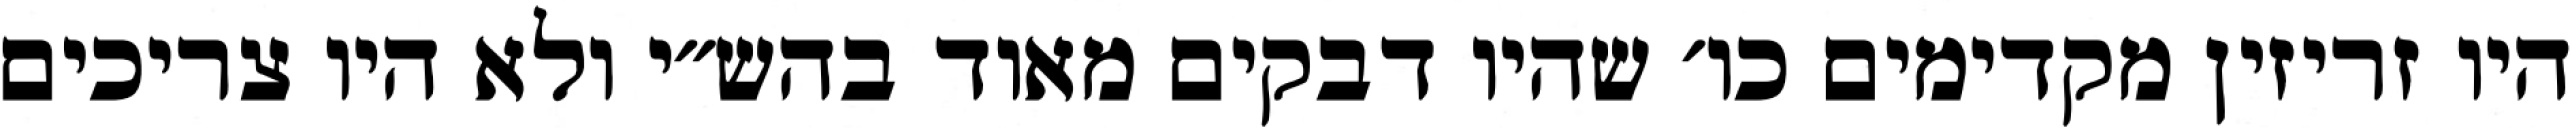
היו זריזין מקדימים כו׳ שהיו דבקים מאוד בהש״י ולא היו צריכים